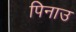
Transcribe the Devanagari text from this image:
पिनाउ